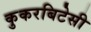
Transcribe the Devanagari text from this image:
कुकरबिटेसी